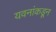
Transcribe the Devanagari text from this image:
यवनांकडून